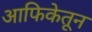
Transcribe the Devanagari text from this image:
आफिकेतून